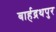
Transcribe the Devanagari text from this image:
बार्हद्रथपुर